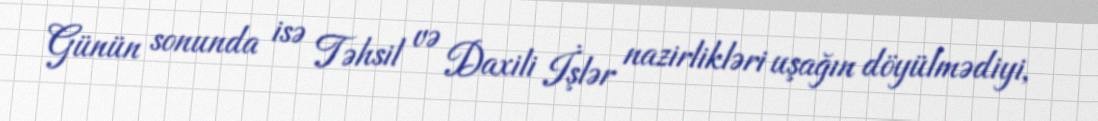
Günün sonunda isə Təhsil və Daxili İşlər nazirlikləri uşağın döyülmədiyi,